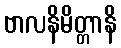
ဗာလနိမိတ္တာနိ